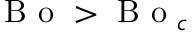
\mathrm { ~ B ~ o ~ } > \mathrm { ~ B ~ o ~ } _ { c }